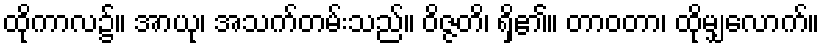
ထိုကာလ၌။ အာယု၊ အသက်တမ်းသည်။ ဝိဇ္ဇတိ၊ ရှိ၏။ တာဝတာ၊ ထိုမျှလောက်။